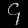
Digit: ၄